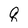
Character: q